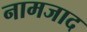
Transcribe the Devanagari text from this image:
नामजाद